Document type: Sale
Year: 1274
Scribe: [Unknown]
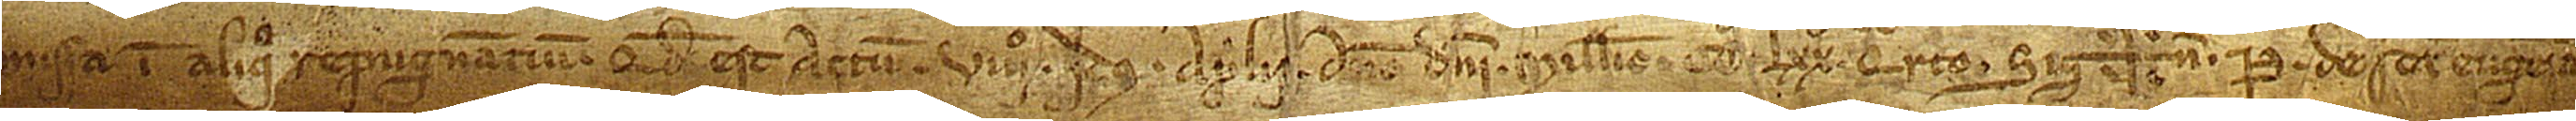
missa in aliquo repugnantuum. Quod est actum VIIIº idus aprilis, anno Domini millesimo CCº LXXº quarto.  Sig+num Petri de Sancta Eugenia,